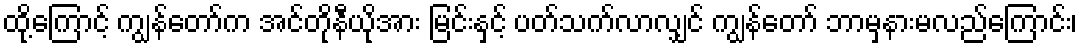
ထို့ကြောင့် ကျွန်တော်က အင်တိုနီယိုအား မြင်းနှင့် ပတ်သက်လာလျှင် ကျွန်တော် ဘာမှနားမလည်ကြောင်း၊